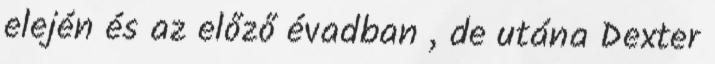
elején és az előző évadban , de utána Dexter